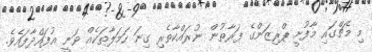
މި މެޗްގައި މާފުށީ ޕްރިޒަންގެ ފަރާތުން ނުރައްކާތެރި ގިނަ ހަމަލާތަކެއް ވަނީ އުފައްދާފައެވެ.